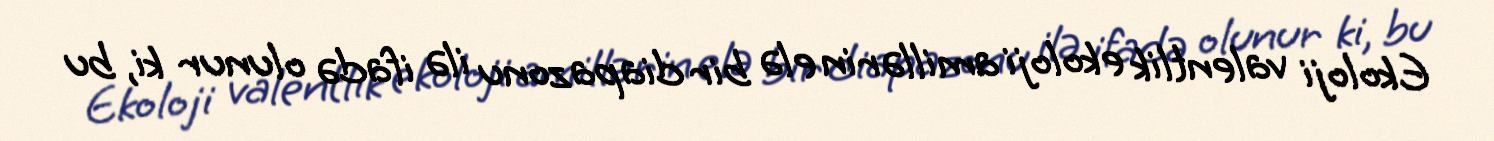
Ekoloji valentlik ekoloji amillərin elə bir diapazonu ilə ifadə olunur ki, bu